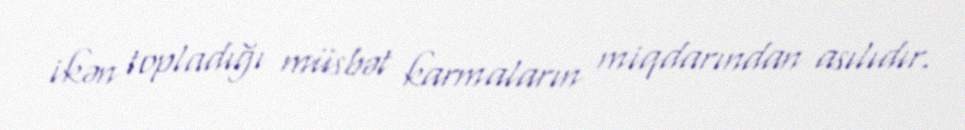
ikən topladığı müsbət karmaların miqdarından asılıdır.